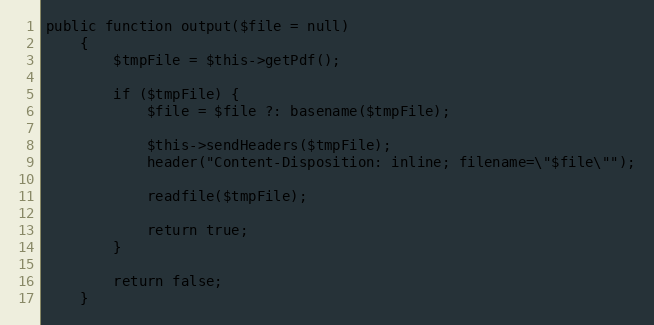
Language: PHP
public function output($file = null)
    {
        $tmpFile = $this->getPdf();

        if ($tmpFile) {
            $file = $file ?: basename($tmpFile);

            $this->sendHeaders($tmpFile);
            header("Content-Disposition: inline; filename=\"$file\"");

            readfile($tmpFile);

            return true;
        }

        return false;
    }